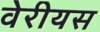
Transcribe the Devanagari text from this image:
वेरीयस